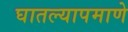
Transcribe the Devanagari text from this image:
घातल्यापमाणे